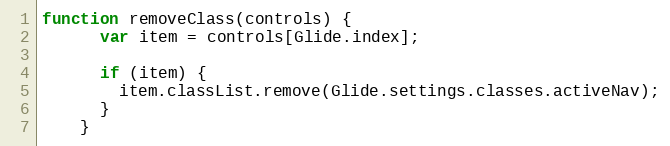
Language: JavaScript
function removeClass(controls) {
      var item = controls[Glide.index];

      if (item) {
        item.classList.remove(Glide.settings.classes.activeNav);
      }
    }